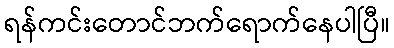
ရန်ကင်းတောင်ဘက်ရောက်နေပါပြီ။